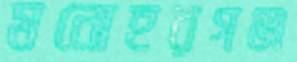
মনোহরগঞ্জ